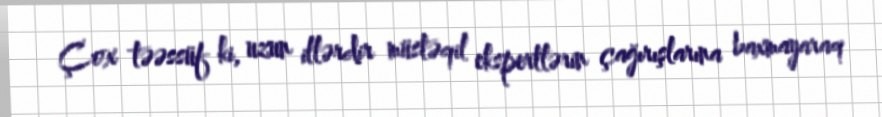
Çox təəssüf ki, uzun illərdir müstəqil ekspertlərin çağırışlarına baxmayaraq